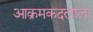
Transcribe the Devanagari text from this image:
आक्रमकदलाला